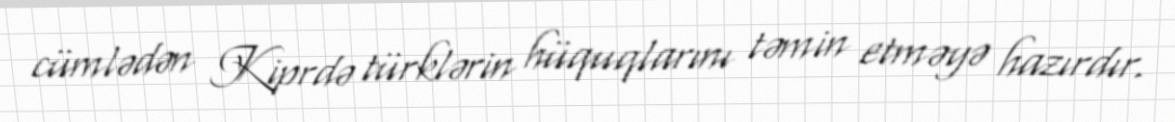
cümlədən Kiprdə türklərin hüquqlarını təmin etməyə hazırdır.